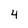
Character: 4